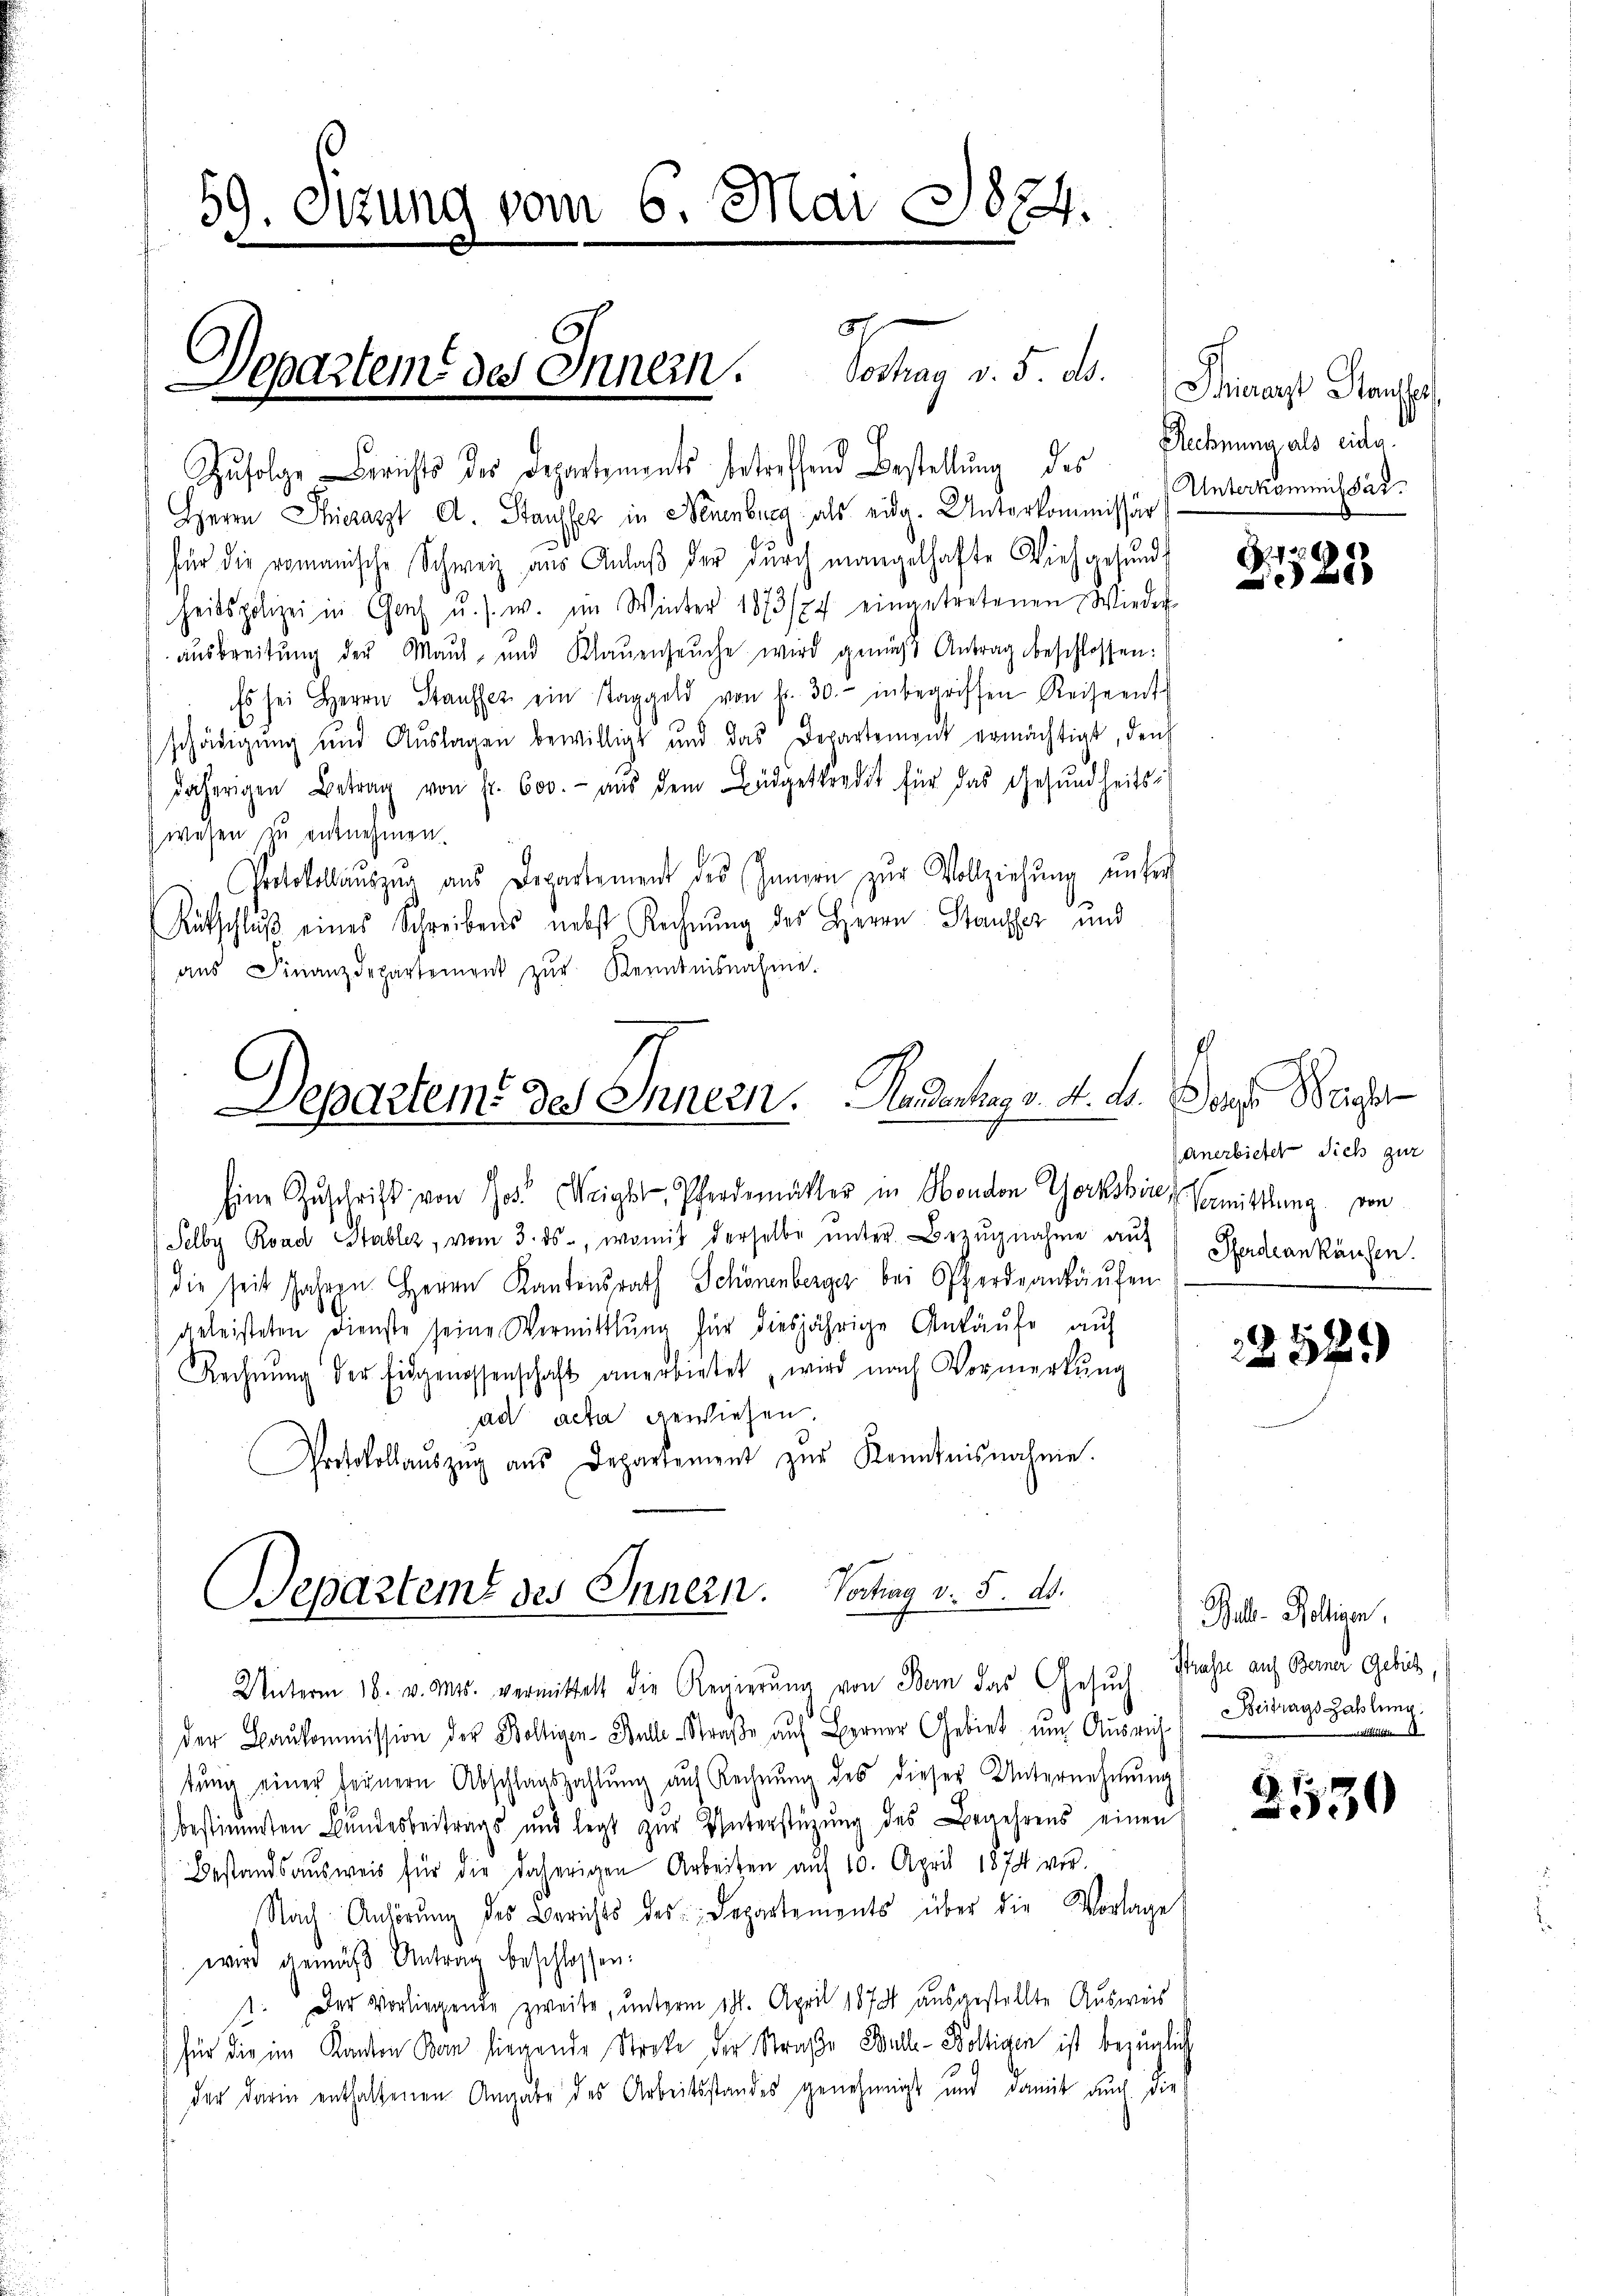
59. Sitzung vom 6. Mai 1874.

x

97
Separteme des Innern. Hochag v. 5. ds.

c
Zufolge Berichts des Departements betreffend Bestellung des
Herrn Thierarzt A. Stausser in Neuenburg als eide. Unterkommissär
für die romanische Schweiz aus Anlaβ der durch mangelhafte Vieh gesund
heitspolizei in Genf u. s. w. im Winter 1873/74 eingetretenen Wieder
ausbreitung der Maut, und Klaŭenseuche wird gemäss Antrag beschlossen:
Es sei Herrn Stauffer ein Taggeld von fr. 30.- inbegriffen Reiseent
schädigŭng und Aŭslagen bewilligt und das Departement ermächtigt, den
daherigen Betrag von fr. 600.- aŭs dem Büdgetkredit für das Gesŭndheits-
wesen zu entnehmen.
Protokollauszug aus Departement des Innern zur Vollziehung unter
¬
Rütschlŭβ eines Schreibens nebst Rechnŭng des Herrn Stauffer und
aŭs Finanzdepartement zŭr Kenntnisnahme.

Departemt des Innern. Handentrag v. 4. ds. Denge Beiger

Eine Zŭschrift von Jos. Weiger Pferdemütter in Mondon Chorksich Vormittlung von
Selby Road Stabler, vom 3. ds., womit derselbe ŭnter Bezŭgnahme aŭf Pferdankäufen.
die seit Jahren Herrn Kantonsrath Schönenberger bei Pferdankäufen
geleisteten Dienste seine Vermittlung für diesjährige Ankäufe auf
Rechnŭng der Eidgenossenschaft anerbietet, wird nach Vormerkŭng
ad acta gewiesen.
Protokollaŭszŭg aŭs Departement zŭr Kenntnisnahme.

Departeme des Innern. Vortrag v. 5. ds.

Thierarzt Stanspr
Rechnung als eidg.
Unterkommissar.

Unterm 18. v. Mts. vermittelt die Regierŭng von Bern das Gesŭch
der Baukommission der Boltigen-Stelle Straße auf Berner Gebiet um Ausweil. Beitragszahlung.
tŭng einer fernern Abschlagszahlŭng auf Rechnŭng des dieser Unternehmung
) bestimmten Bundesbeitrags und legt zur Unterstüzung des Begehrens einen
Bestandsausweis für die daherigen Arbeiten aŭf 10. April 1874 vor-
Nach Anhörung des Berichts des Departements über die Vorlage
wird gemäβ Antrag beschlossen:
1. Der Vorliegende zweite, unterm 17. April 1873 ausgestellte Ausweis
für die im Kanton Ban liegende Strafe der Straße Bulle-Boltigen ist bezüglich
der darin enthaltenen Angabe des Arbeitsstandes genehmigt und damit auch die

16
e

Anerbieter sich zur

232.

Galle Rollinen,
Strasse auf Berner Gebühr,
N

3430